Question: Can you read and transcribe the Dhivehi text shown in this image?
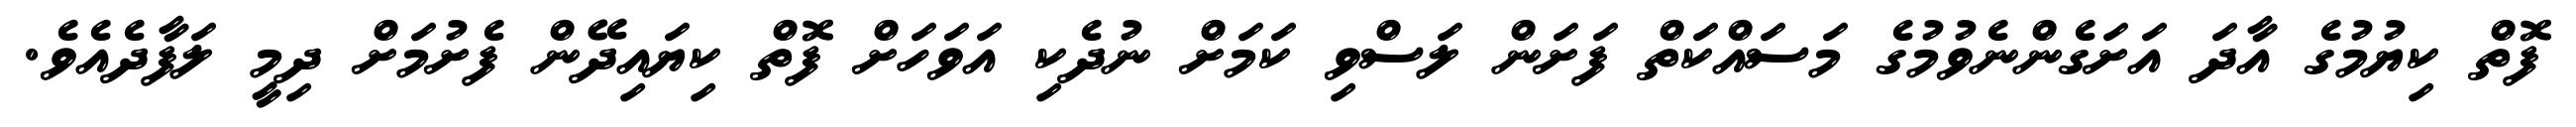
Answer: ފޮތް ކިޔުމުގެ އާދަ އަށަގެންނެވުމުގެ މަސައްކަތް ފަށަން ލަސްވި ކަމަށް ނުދެކި އަވަހަށް ފޮތް ކިޔައިދޭން ފެށުމަށް ދިމީ ލަފާދެއެވެ.